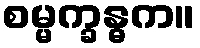
စမ္မက္ခန္ဓက။